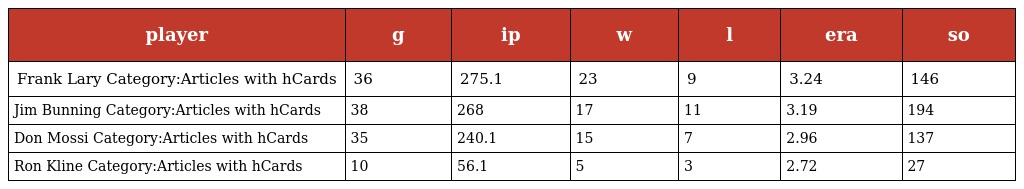
| player | g | ip | w | l | era | so |
 | --- | --- | --- | --- | --- | --- | --- |
 | Frank Lary Category:Articles with hCards | 36 | 275.1 | 23 | 9 | 3.24 | 146 |
 | Jim Bunning Category:Articles with hCards | 38 | 268 | 17 | 11 | 3.19 | 194 |
 | Don Mossi Category:Articles with hCards | 35 | 240.1 | 15 | 7 | 2.96 | 137 |
 | Ron Kline Category:Articles with hCards | 10 | 56.1 | 5 | 3 | 2.72 | 27 |